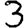
Digit: 3